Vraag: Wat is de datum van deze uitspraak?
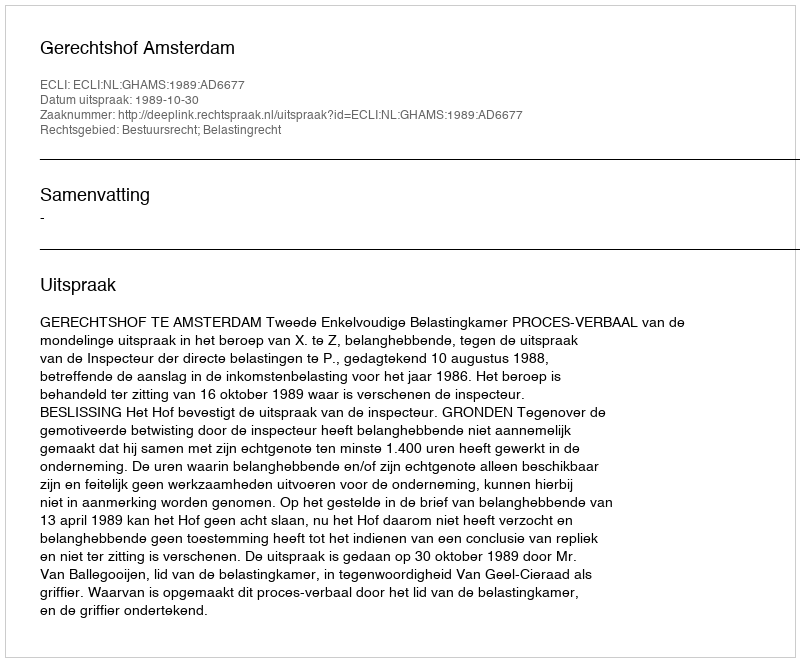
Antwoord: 1989-10-30